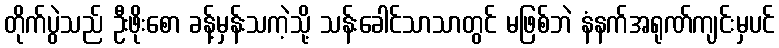
တိုက်ပွဲသည် ဦးဖိုးစော ခန့်မှန်းသကဲ့သို့ သန်းခေါင်သာသာတွင် မဖြစ်ဘဲ နံနက်အရုဏ်ကျင်းမှပင်